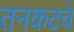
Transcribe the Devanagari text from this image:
तनकटचे